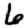
Digit: 6